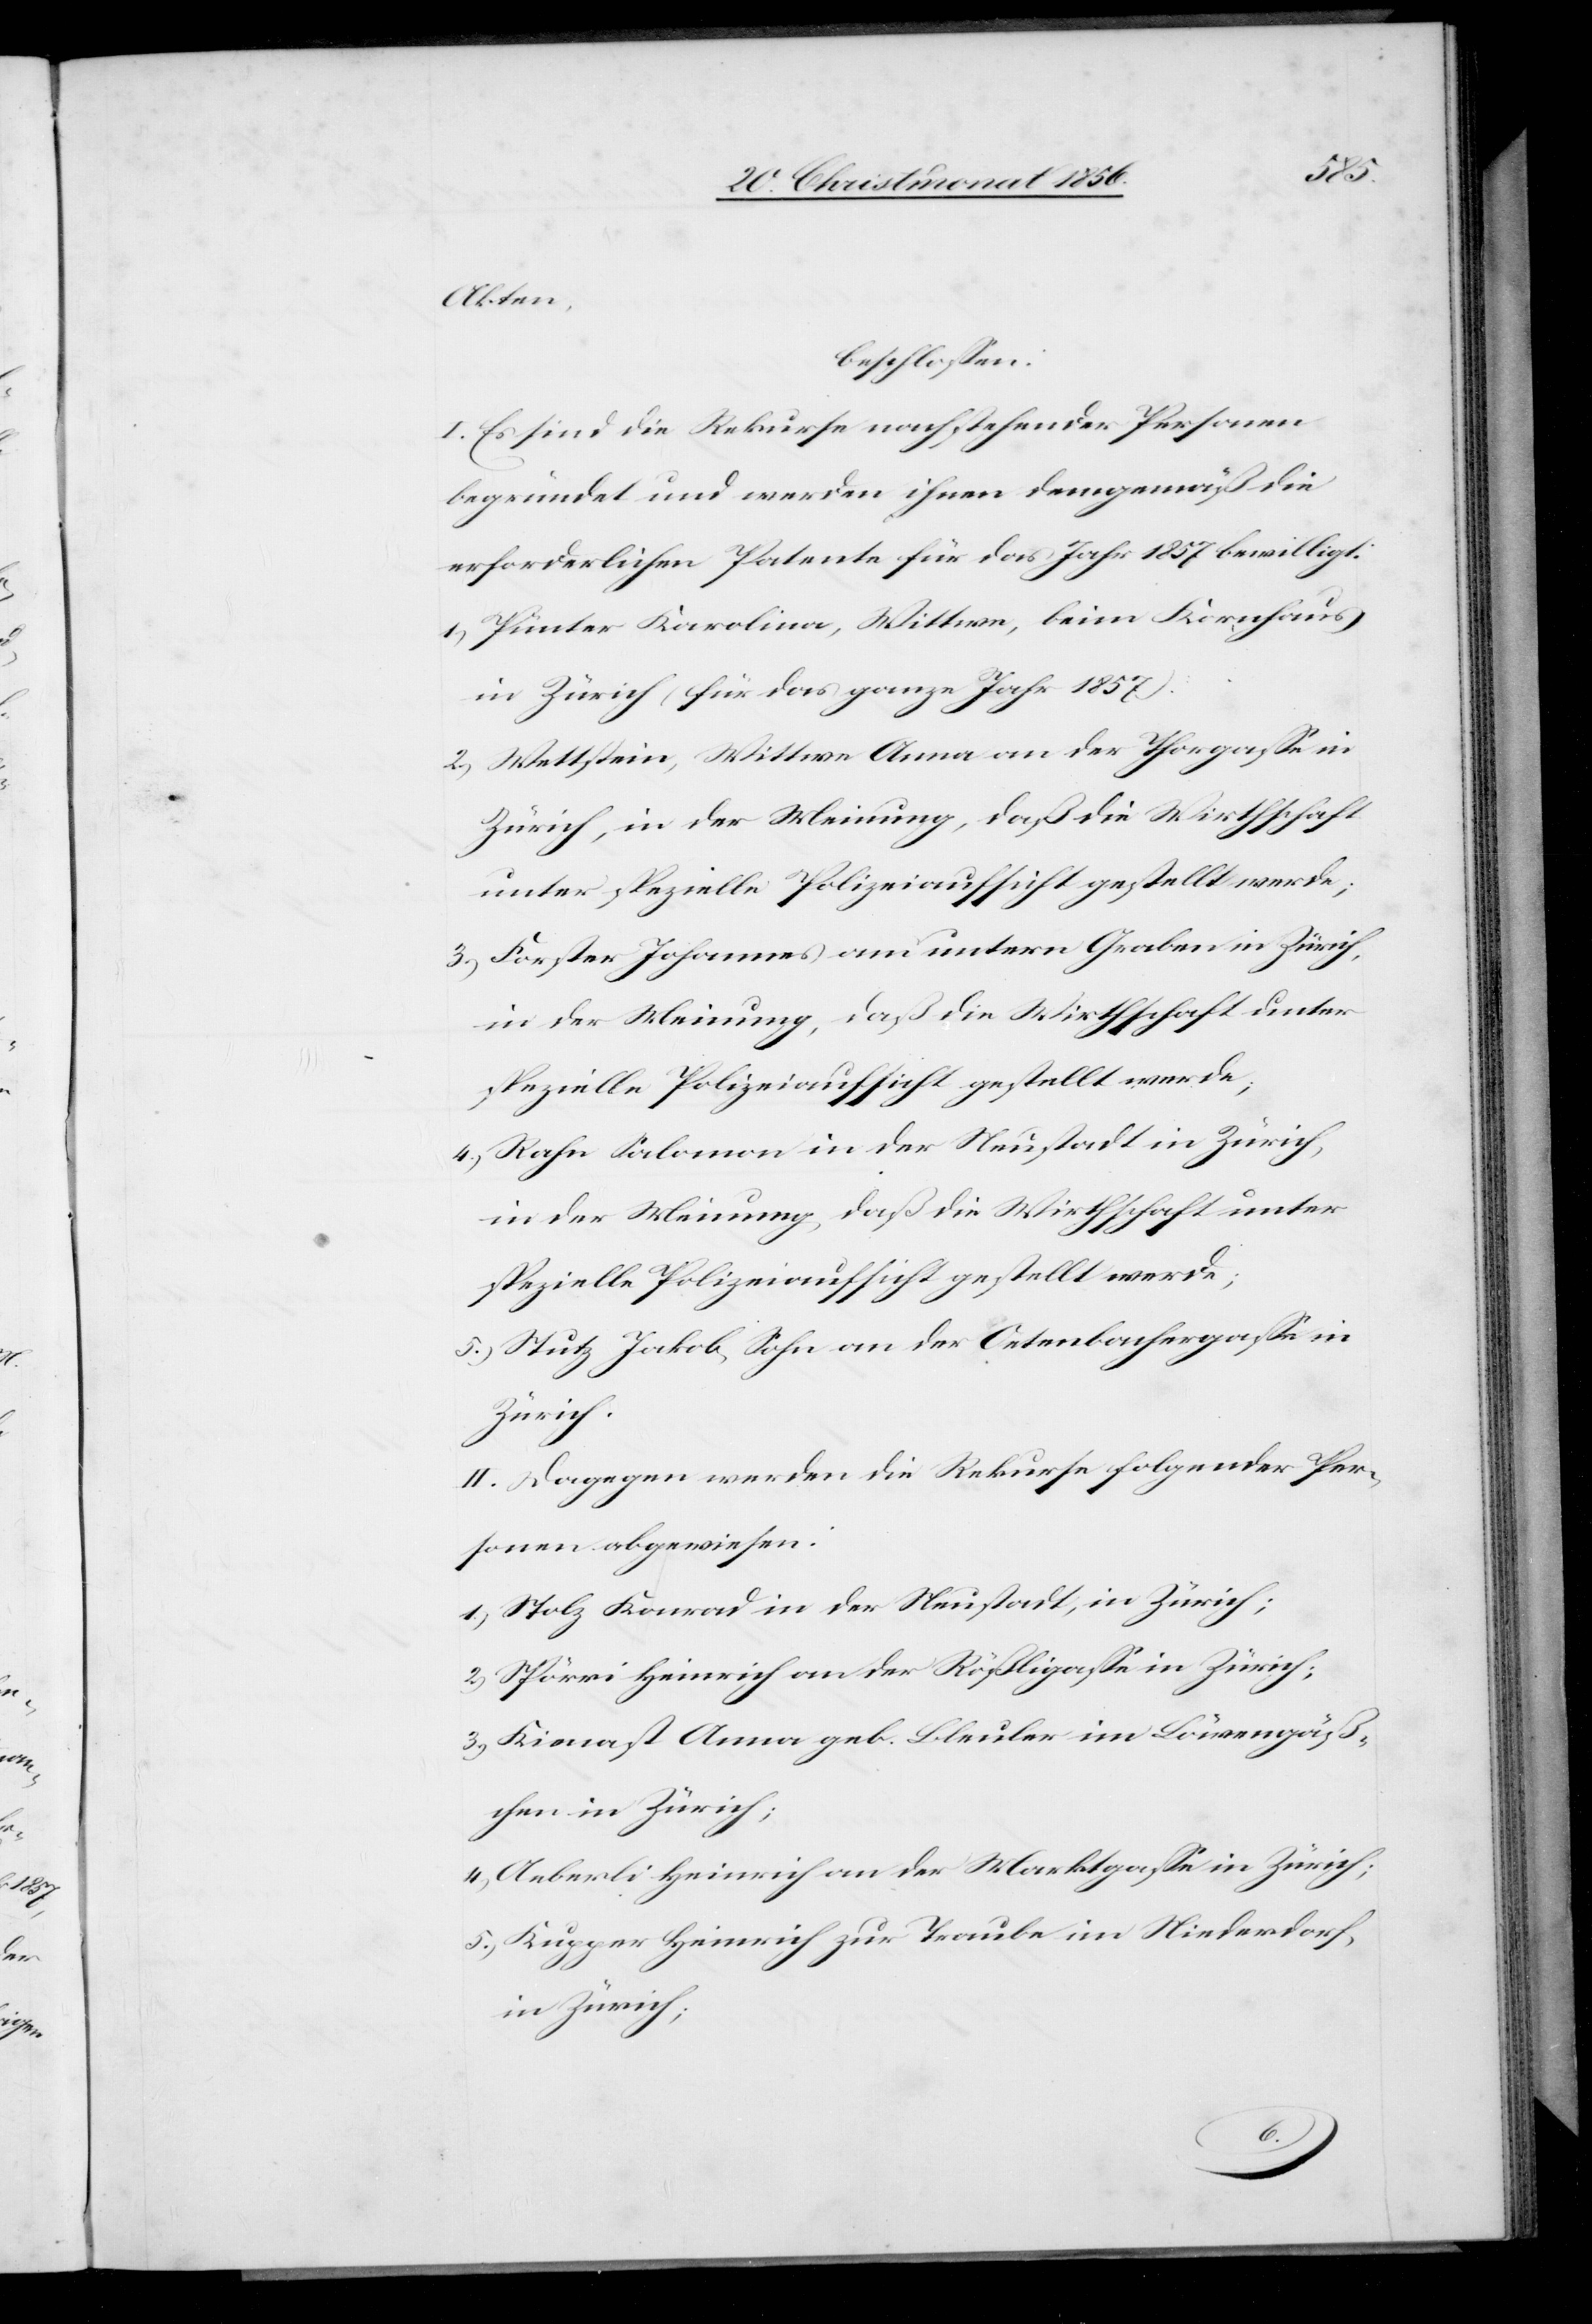
Akten,
beschlossen:
I. Es sind die Rekurse nachstehender Personen
begründet und werden ihnen demgemäß die
erforderlichen Patente für das Jahr 1857 bewilligt:
1.) Pünter Karolina, Wittwe, beim Kornhaus
in Zürich (für das ganze Jahr 1857).
2.) Wettstein, Wittwe Anna an der Thorgasse in
Zürich, in der Meinung, daß die Wirthschaft
unter spezielle Polizeiaufsicht gestellt werde;
3.) Forster Johannes am untern Graben in
4.) Rahn Salomon in der Neustadt in Zürich,
in der Meinung, daß die Wirthschaft unter
spezielle Polizeiaufsicht gestellt werde;
5.) Stutz Jakob, Sohn an der Oetenbachergasse in
Zürich.
II. Dagegen werden die Rekurse folgender Per¬
sonen abgewiesen:
1.) Stolz Konrad in der Neustadt, in Zürich;
2.) Spörri Heinrich an der Rößligasse in Zürich;
3.) Kienast Anna geb. Bleuler im Löwengäß¬
chen in Zürich;
Aeberli Heinrich an der Marktgasse in Zürich;
5.) Kupper Heinrich zur Traube im Niederdorf,
in Zürich;